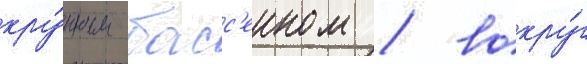
кру́пным басс'еином / вокру́г